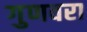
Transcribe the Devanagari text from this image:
गुणवरा